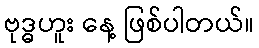
ဗုဒ္ဓဟူး နေ့ ဖြစ်ပါတယ်။